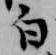
白